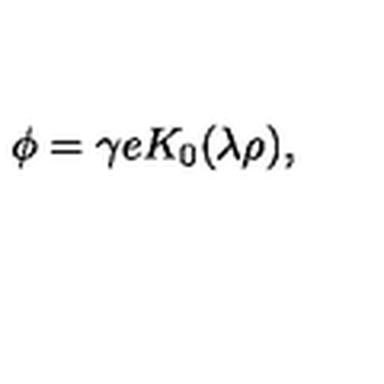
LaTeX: \phi = \gamma e K _ { 0 } ( \lambda \rho ) ,